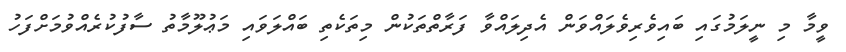
ވީމާ މި ނީލަމުގައި ބައިވެރިވެލައްވަން އެދިލައްވާ ފަރާތްތަކުން މިތަކެތި ބައްލަވައި މަޢުލޫމާތު ސާފުކުރެއްވުމަށްފަހު